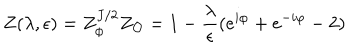
Z ( \lambda , \epsilon ) = Z _ { \phi } ^ { J / 2 } Z _ { \cal O } = 1 - { \frac { \lambda } { \epsilon } } ( e ^ { i \varphi } + e ^ { - i \varphi } - 2 )